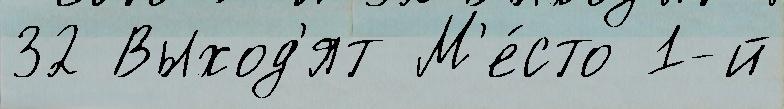
32 Выход'ят М'е́сто 1-й